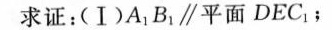
求证：(Ⅰ)A_{1}B_{1} \parallel 平面DEC_{1}；